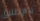
بالإطلاق